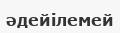
әдейілемей